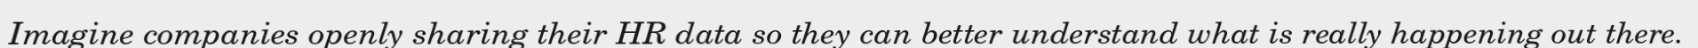
Imagine companies openly sharing their HR data so they can better understand what is really happening out there.